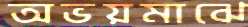
অভয়মাঝে